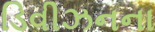
ડિવીઝનના